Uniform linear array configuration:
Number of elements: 48
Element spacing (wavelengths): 1
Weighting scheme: uniform
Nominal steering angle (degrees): -45
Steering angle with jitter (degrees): -46.364
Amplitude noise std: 0.05
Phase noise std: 0.05

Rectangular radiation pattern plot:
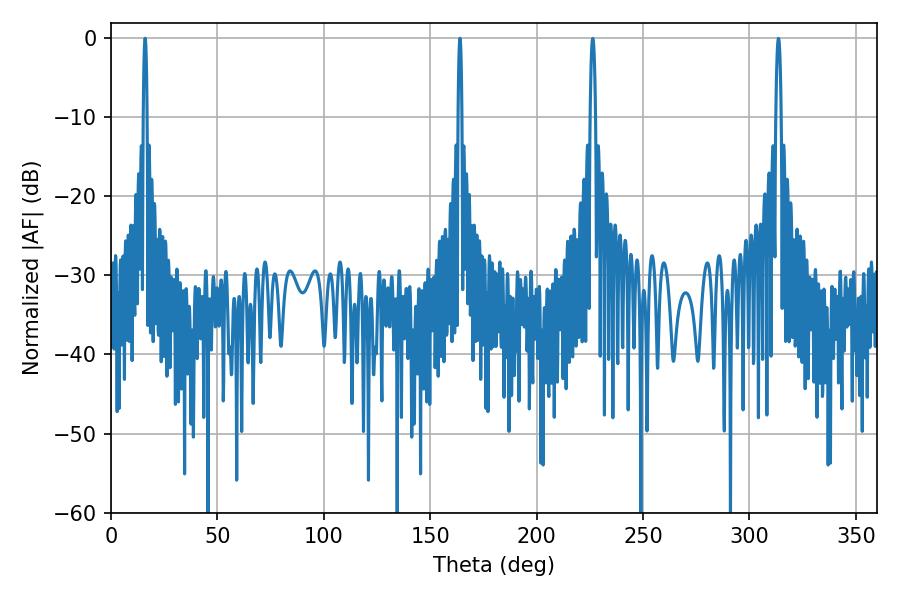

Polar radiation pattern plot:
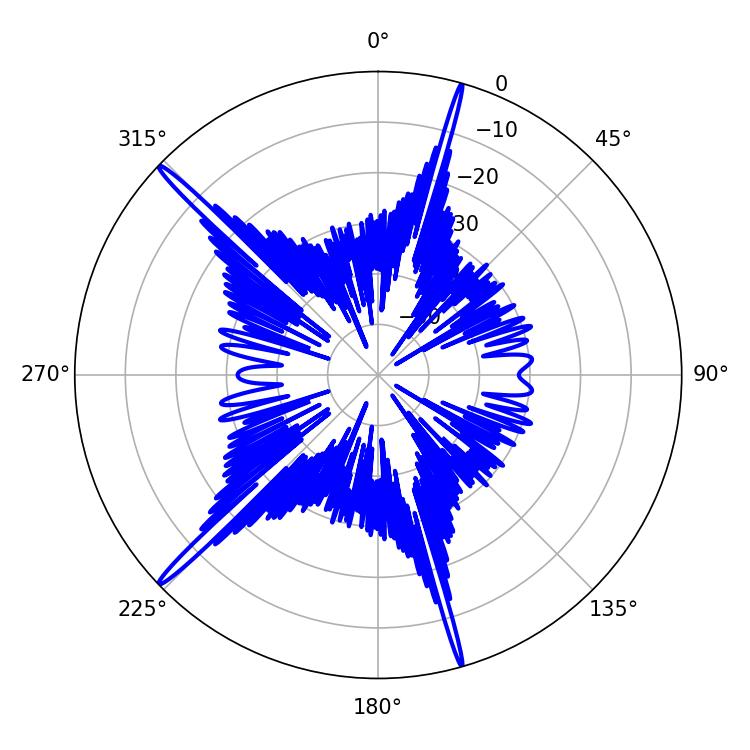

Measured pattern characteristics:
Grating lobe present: TRUE
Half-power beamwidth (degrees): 0.9
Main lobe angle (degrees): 16.02